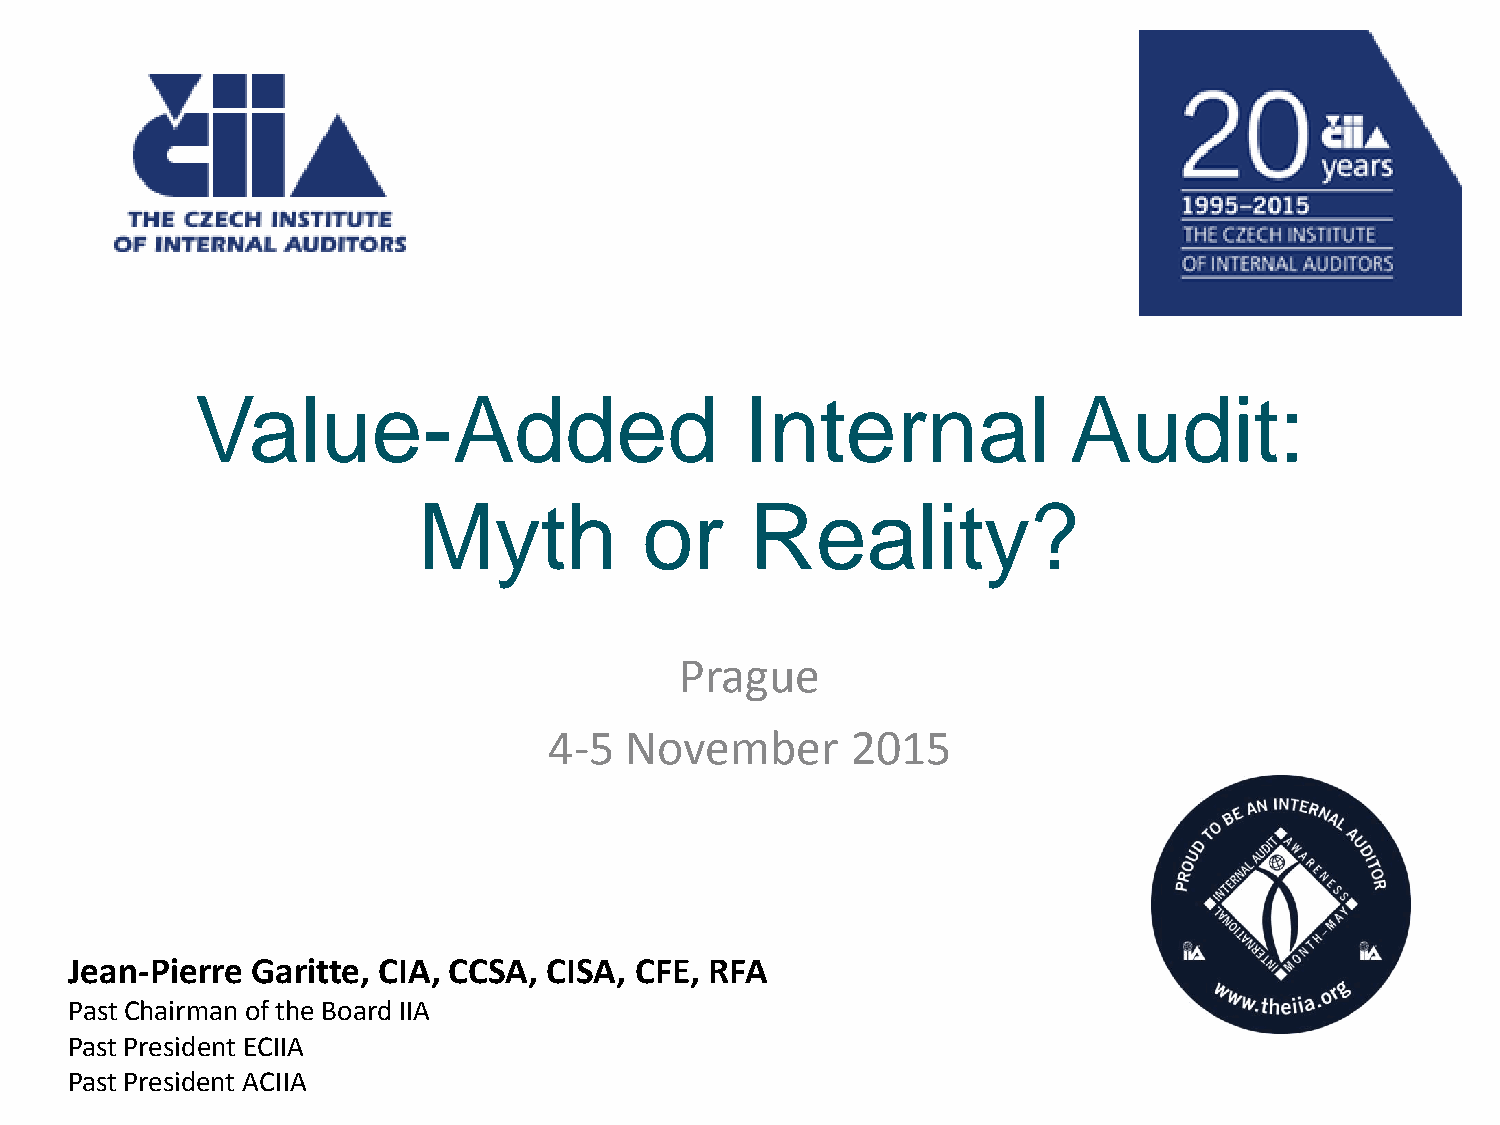
Value-Added                         Internal              Audit:
 Myth           or     Reality?
 Prague
 4-5  November       2015
 Jean-Pierre Garitte, CIA, CCSA, CISA, CFE, RFA
 Past Chairman of the Board IIA
 Past President ECIIA
 Past President ACIIA